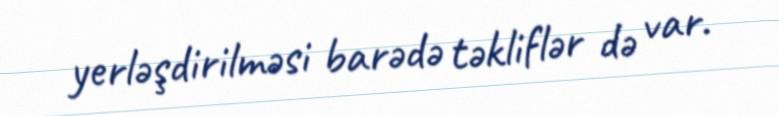
yerləşdirilməsi barədə təkliflər də var.